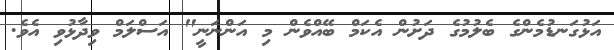
އަޅުގަނޑުމެންގެ ބެލުމުގެ ދަށުން އެކަމް ބޭއްވެން މި އަންނަނީ" އަސްލަމް ވިދާޅުވި އެވެ.